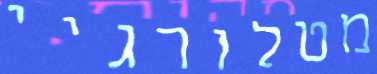
מטלורגיי